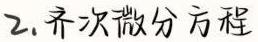
2. 齐次微分方程